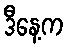
ဒီနေ့က